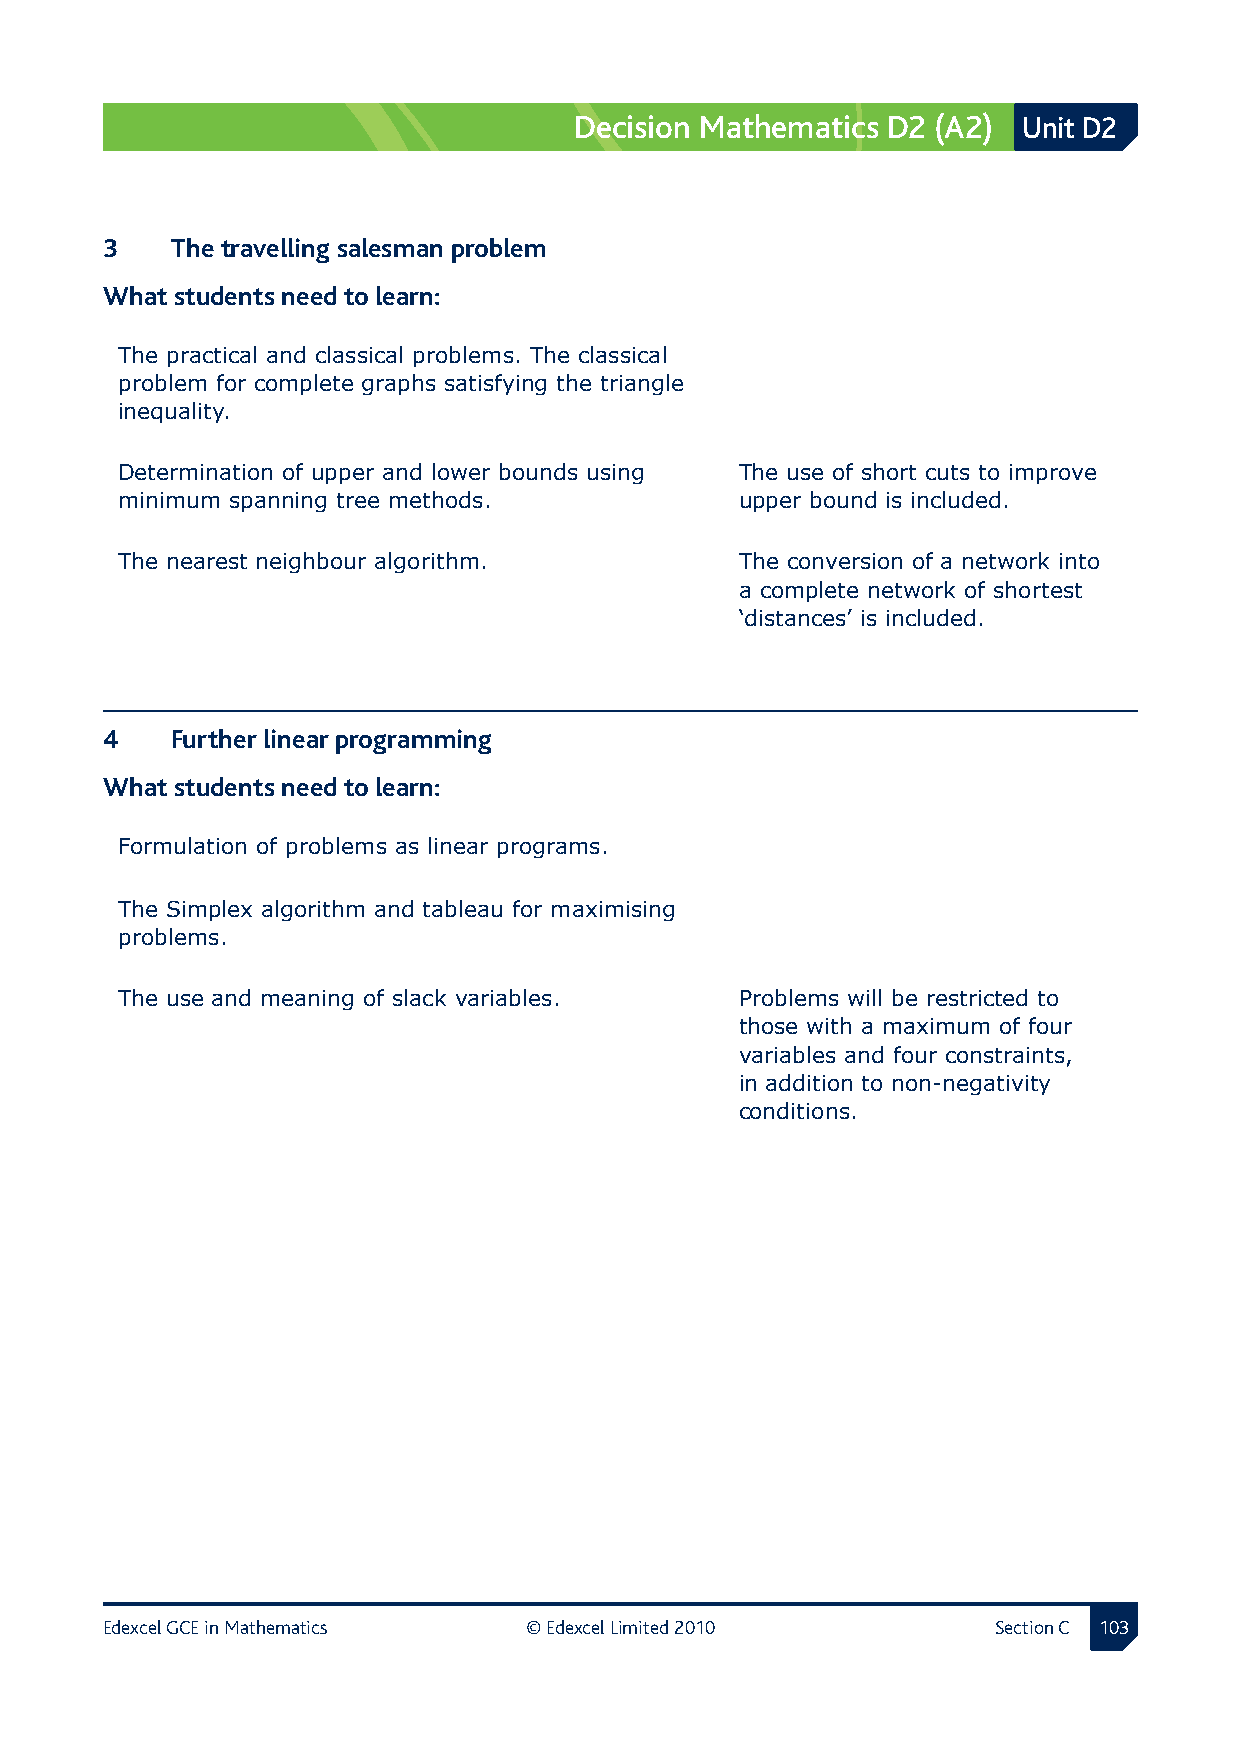
Decision Mathematics D2 (A2)  Unit D2
 3  The travelling salesman problem
 What students need to learn:
 The practical and classical problems. The classical
 problem for complete graphs satisfying the triangle
 inequality.
 Determination of upper and lower bounds using The use of short cuts to improve
 minimum spanning tree methods.           upper bound is included.
 The nearest neighbour algorithm.         The conversion of a network into
 a complete network of shortest
 ‘distances’ is included.
 4  Further linear programming
 What students need to learn:
 Formulation of problems as linear programs.
 The Simplex algorithm and tableau for maximising
 problems.
 The use and meaning of slack variables.  Problems will be restricted to
 those with a maximum of four
 variables and four constraints,
 in addition to non-negativity
 conditions.
 Edexcel GCE in Mathematics  © Edexcel Limited 2010         Section C 10